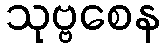
သုဗ္ဗစေန